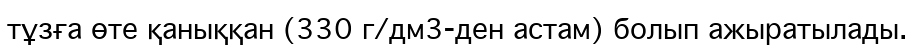
тұзға өте қаныққан (330 г/дм3-ден астам) болып ажыратылады.